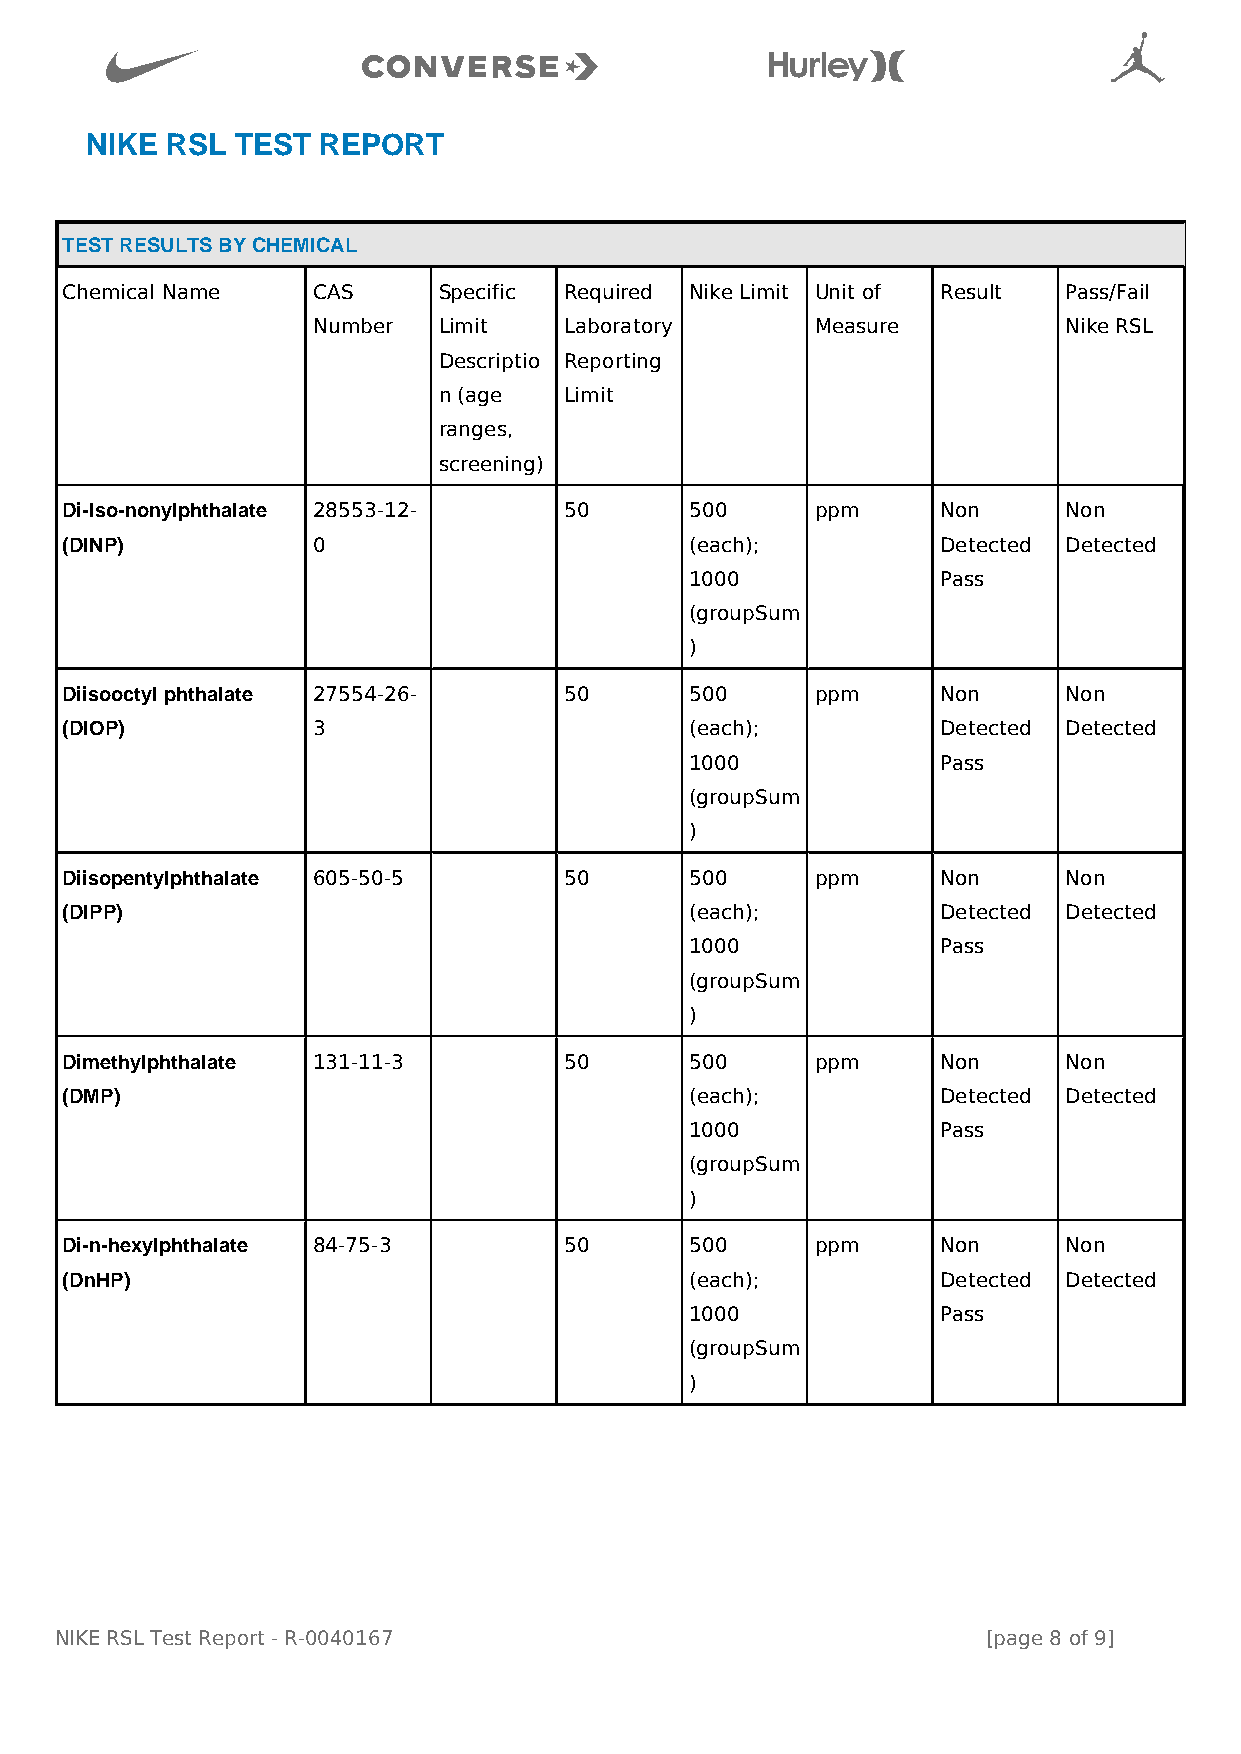

                                           
 NIKE RSL  TEST REPORT
 TEST RESULTS BY CHEMICAL
 Chemical Name    CAS     Specific Required Nike Limit Unit of Result Pass/Fail
 Number  Limit   Laboratory       Measure         Nike RSL
 Descriptio Reporting
 n (age  Limit
 ranges,
 screening)
 Di-Iso-nonylphthalate 28553-12-  50       500     ppm     Non     Non
 (DINP)           0                        (each);         Detected Detected
 1000            Pass
 (groupSum
 )
 Diisooctyl phthalate 27554-26-   50       500     ppm     Non     Non
 (DIOP)           3                        (each);         Detected Detected
 1000            Pass
 (groupSum
 )
 Diisopentylphthalate 605-50-5    50       500     ppm     Non     Non
 (DIPP)                                    (each);         Detected Detected
 1000            Pass
 (groupSum
 )
 Dimethylphthalate 131-11-3       50       500     ppm     Non     Non
 (DMP)                                     (each);         Detected Detected
 1000            Pass
 (groupSum
 )
 Di-n-hexylphthalate 84-75-3      50       500     ppm     Non     Non
 (DnHP)                                    (each);         Detected Detected
 1000            Pass
 (groupSum
 )
 NIKE RSL Test Report - R-0040167                             [page 8 of 9]